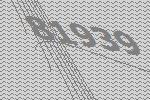
81939